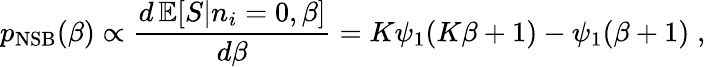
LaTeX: {p}_{\mathrm{NSB}}(\beta)\propto\frac{d\, \mathbb{E}[S|n_{i}=0,\beta]}{d\beta}=K\psi_{1}(K\beta+1)-\psi_{1}(\beta+1)\; ,